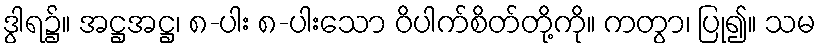
ဒွါရ၌။ အဋ္ဌအဋ္ဌ၊ ၈-ပါး ၈-ပါးသော ဝိပါက်စိတ်တို့ကို။ ကတွာ၊ ပြု၍။ သမ